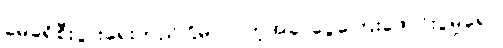
မေခရိုစီးပွားရေးတည်ငြိမ်လာတဲ့အခါ ငွေကြေးဖောင်းပွမှုရော